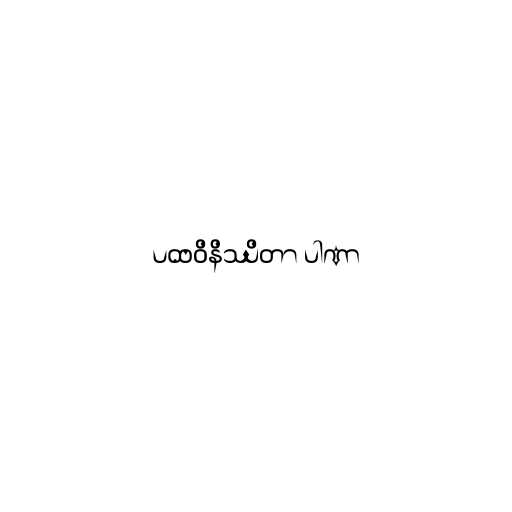
ပထဝိနိဿိတာ ပါဏာ